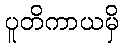
ပူတိကာယမှိ